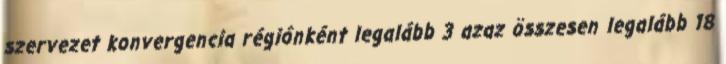
szervezet konvergencia régiónként legalább 3 azaz összesen legalább 18